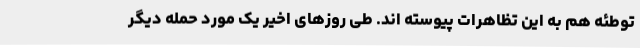
توطئه هم به این تظاهرات پیوسته اند. طی روزهای اخیر یک مورد حمله دیگر